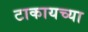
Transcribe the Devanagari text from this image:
टाकायच्या